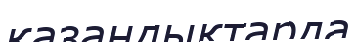
қазандықтарда